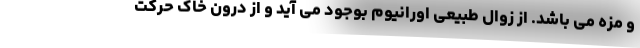
و مزه می باشد. از زوال طبیعی اورانیوم بوجود می آید و از درون خاک حرکت